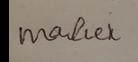
Signature authenticity: forged